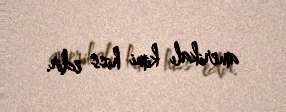
amerikalı kimi hiss edir.